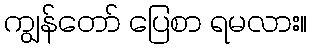
ကျွန်တော် ပြေစာ ရမလား။